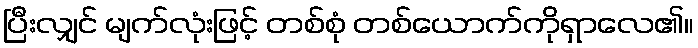
ပြီးလျှင် မျက်လုံးဖြင့် တစ်စုံ တစ်ယောက်ကိုရှာလေ၏။